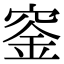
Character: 𥦨